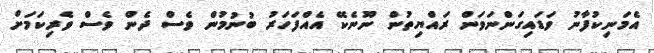
އެމަނިކުފާނު ވަޑައިގަންނަވަން ރައްޔިތުން ނޫނެކޭ އެއްފަހަރު ބުނުމުން ވެސް ދެން ވެސް ވެރިކަމަށް